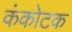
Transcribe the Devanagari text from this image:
कंकोटक